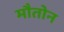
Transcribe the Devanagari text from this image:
मौतोन